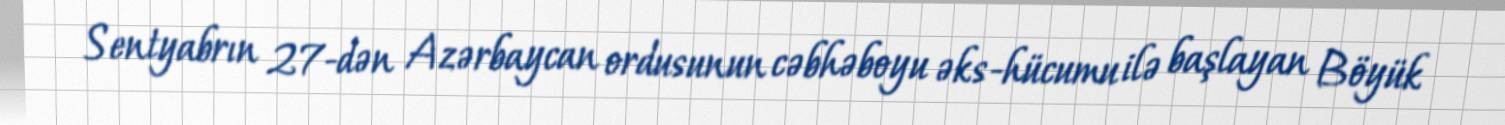
Sentyabrın 27-dən Azərbaycan ordusunun cəbhəboyu əks-hücumu ilə başlayan Böyük